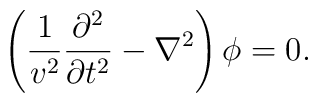
\left(\frac{1}{v^{2}}\frac{\partial^{2}}{\partial t^{2}}-\nabla^{2}\right)\phi=0.